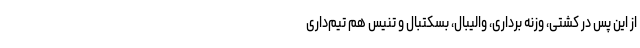
از این پس در کُشتی، وزنه برداری، والیبال، بسکتبال و تنیس هم تیم‌داری